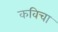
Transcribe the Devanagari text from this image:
कविचा